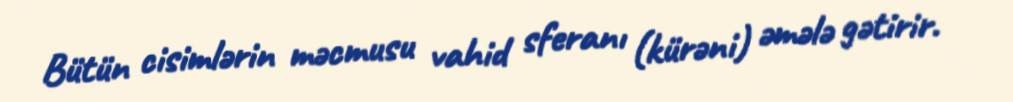
Bütün cisimlərin məcmusu vahid sferanı (kürəni) əmələ gətirir.